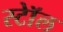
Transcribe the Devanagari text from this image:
स्टॉेल